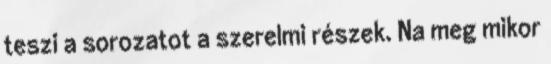
teszi a sorozatot a szerelmi részek. Na meg mikor